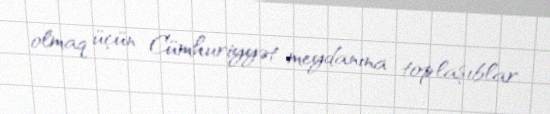
olmaq üçün Cümhuriyyət meydanına toplaşıblar.